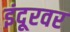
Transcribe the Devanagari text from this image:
इंदूरवर